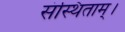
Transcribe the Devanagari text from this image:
संस्थिताम्‌।